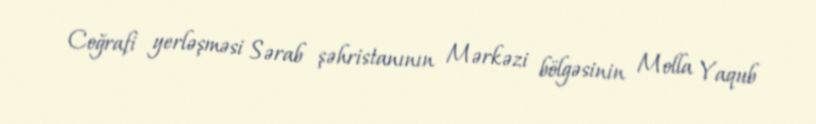
Coğrafi yerləşməsi Sərab şəhristanının Mərkəzi bölgəsinin Molla Yaqub